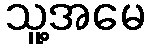
သူ့အမေ